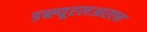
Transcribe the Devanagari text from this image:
डब्ल्यूएलआरएन